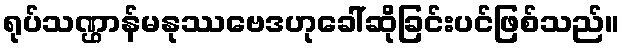
ရုပ်သဏ္ဌာန်မနုဿဗေဒဟုခေါ်ဆိုခြင်းပင်ဖြစ်သည်။